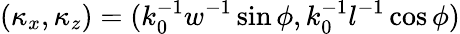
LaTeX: (\kappa_{x},\kappa_{z})=(k_{0}^{-1}w^{-1}\sin\phi,k_{0}^{-1}l^{-1}\cos\phi)